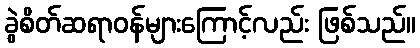
ခွဲစိတ်ဆရာဝန်များကြောင့်လည်း ဖြစ်သည်။